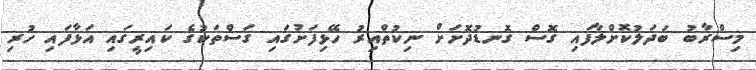
މިސްރާބު ބަދަލުކޮށްލާފައި ގޮސް ގޮނޑުދޮށަށް ނިކުތްއިރު ހޭޅިފަށުގައި ގަސްތަކުގެ ކައިރީގައި އަޅާފައި ހުރި